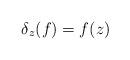
LaTeX: \begin{align*}\delta_z(f)=f(z)\end{align*}